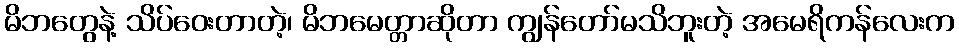
မိဘတွေနဲ့ သိပ်ဝေးတာတဲ့၊ မိဘမေတ္တာဆိုတာ ကျွန်တော်မသိဘူးတဲ့ အမေရိကန်လေးက